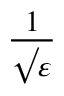
\frac { 1 } { \surd \varepsilon }